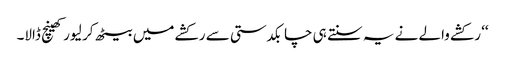
‘‘ رکشے والے نے یہ سنتے ہی چابکدستی سے رکشے میں بیٹھ کر لیور کھینچ ڈالا۔